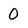
Character: 0